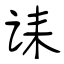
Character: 诔